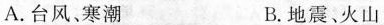
A.台风，寒潮 B.地震、火山